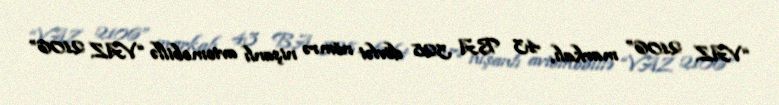
“VAZ 2106” markalı, 43 BA 328 dövlət nömrə nişanlı avtomobillə “VAZ 2106”